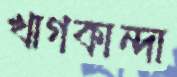
খাগকান্দা